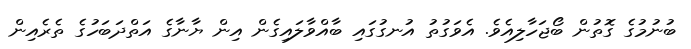
ބުނުމުގެ ގޮތުން ބޯޖަހާލިއެވެ. އެވަގުތު އުނގުގައި ބާއްވާލައިގެން އިން ޔާނާގެ އަތްދަބަހުގެ ތެރެއިން